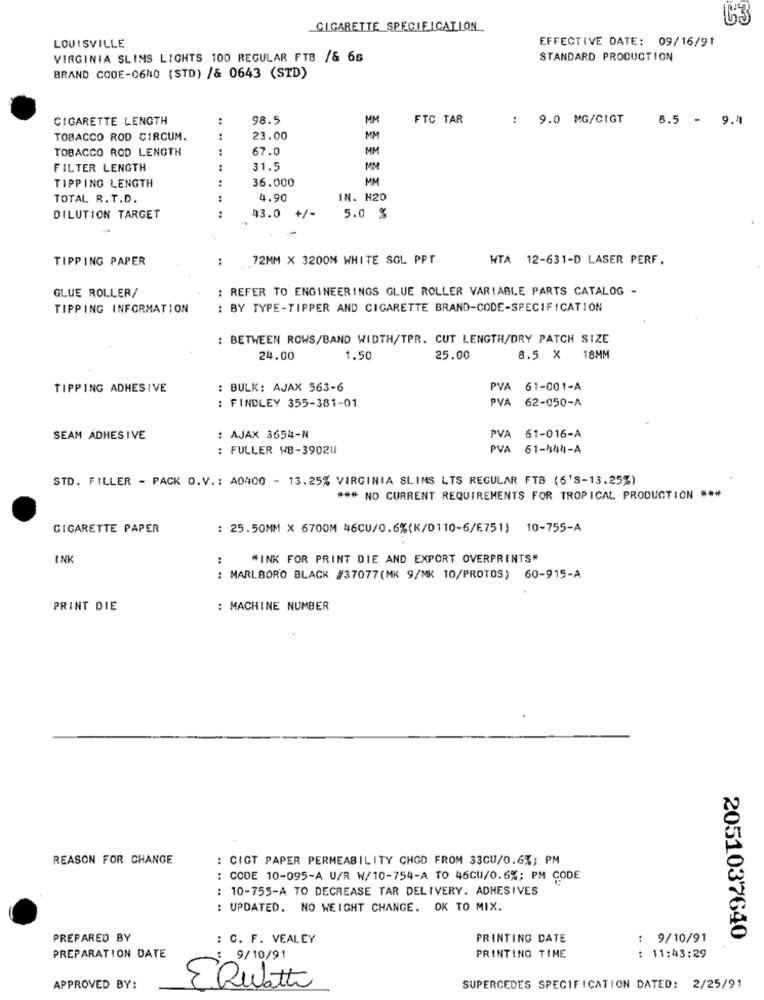
C'3
CIGARETTE SPECIFICATION
EFFECTIVE DATE: 09/16/91
LOUISVILLE
VIRGINIA SLIMS LIGHTS 100 REGULAR FTB /& 65
STANDARD PRODUCTION
BRAND CODE-0640 (STD) /& 0643 (STD)
CIGARETTE LENGTH
:
98.5
MM
FTC TAR
: 9.0 MG/CIGT
8.5 - 9.4
TOBACCO ROD CIRCUM.
23.00
MM
TOBACCO ROD LENGTH
:
67.0
MM
FILTER LENGTH
31.5
MM
36.000
MM
TIPPING LENGTH
TOTAL R. T.D.
4.90
IN. H20
43.0
DILUTION TARGET
:
+/-
5.0 %
TIPPING PAPER
..
72MM X 3200M WHITE SOL PPT
WTA 12-631-D LASER PERF.
: REFER TO ENGINEERINGS GLUE ROLLER VARIABLE PARTS CATALOG -
GLUE ROLLER/
TIPPING INFORMATION
: BY TYPE-TIPPER AND CIGARETTE BRAND-CODE-SPECIFICATION
: BETWEEN ROWS/BAND WIDTH/TPR. CUT LENGTH/DRY PATCH SIZE
24.00
1.50
25.00
8.5 × 18MM
TIPPING ADHESIVE
: BULK: AJAX 563-6
PVA 61-001-A
: FINDLEY 355-381-01
PVA
62-050-A
SEAM ADHES IVE
: AJAX 3654-N
PVA 61-016-A
: FULLER WB-3902U
PVA
61-444-A
STD. FILLER - PACK O.V .: A0400 - 13.25% VIRGINIA SLIMS LTS REGULAR FTB (6'S-13.25%)
*** NO CURRENT REQUIREMENTS FOR TROPICAL PRODUCTION ***
CIGARETTE PAPER
: 25.50MM X 6700M 46CU/0.6%(K/0110-6/E751) 10-755-A
INK
:
"INK FOR PRINT DIE AND EXPORT OVERPRINTS"
: MARLBORO BLACK #37077(MK 9/MK 10/PROTOS) 60-915-A
PRINT DIE
: MACHINE NUMBER
REASON FOR CHANGE
: CIGT PAPER PERMEABILITY CHOD FROM 33CU/0.6%; PM
: CODE 10-095-A U/R W/10-754-A TO 46CU/0.6%; PM CODE
: 10-755-A TO DECREASE TAR DELIVERY. ADHESIVES
: UPDATED. NO WEIGHT CHANGE. OK TO MIX.
PREPARED BY
: C. F. VEALEY
PRINTING DATE
: 9/10/91
2051037640
PREPARATION DATE
9/10/91
PRINTING TIME
: 11:43:29
APPROVED BY:
ERwatte
SUPERCEDES SPECIFICATION DATED: 2/25/91